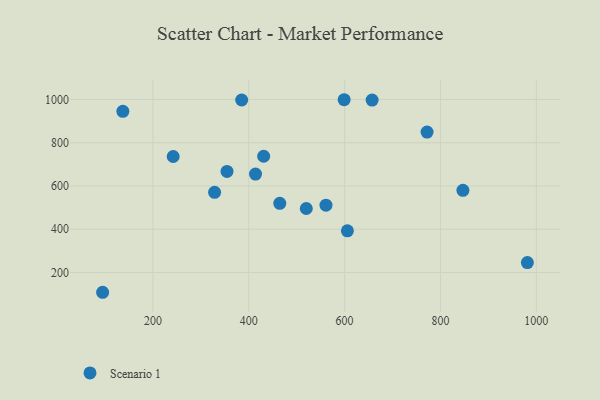
{"axis": {"x": "Engine Size", "y": "Fuel Efficiency"}, "legend": ["Scenario 1"], "data": [{"x": "981.3", "y": 245.7, "type": "Scenario 1"}, {"x": "605.8", "y": 392.6, "type": "Scenario 1"}, {"x": "599.0", "y": 998.8, "type": "Scenario 1"}, {"x": "772.0", "y": 849.3, "type": "Scenario 1"}, {"x": "520.0", "y": 495.8, "type": "Scenario 1"}, {"x": "414.1", "y": 655.1, "type": "Scenario 1"}, {"x": "242.3", "y": 736.2, "type": "Scenario 1"}, {"x": "328.7", "y": 570.8, "type": "Scenario 1"}, {"x": "95.1", "y": 108.5, "type": "Scenario 1"}, {"x": "846.8", "y": 579.8, "type": "Scenario 1"}, {"x": "385.2", "y": 997.6, "type": "Scenario 1"}, {"x": "137.3", "y": 945.0, "type": "Scenario 1"}, {"x": "431.1", "y": 737.5, "type": "Scenario 1"}, {"x": "464.7", "y": 519.7, "type": "Scenario 1"}, {"x": "354.6", "y": 667.4, "type": "Scenario 1"}, {"x": "561.1", "y": 511.2, "type": "Scenario 1"}, {"x": "657.4", "y": 997.3, "type": "Scenario 1"}]}